Report on sanitation, dispensaries, and jails in Rajputana for 1910, and on vaccination for the year 1910-1911 - 1910-1911
Year: 1910
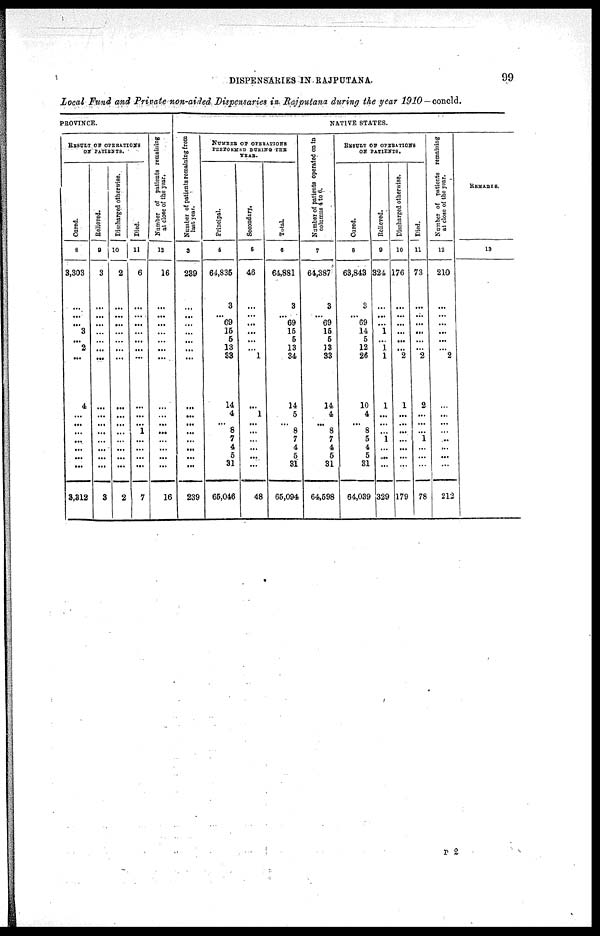
DISPENSARIES IN RAJPUTANA.
99
Local Fund and Private non-aided Dispensaries in Rajputana during the year 1910—concld.
PROVINCE.
RESULT OF OPERATIONS
ON PATIENTS.
Cured.
8
3,303
...
...
...
3
...
2
...
4
...
...
...
...
...
...
...
3,312
Relieved.
9
3
...
...
...
...
...
...
...
...
...
...
...
...
...
...
...
3
Discharged otherwise
10
2
...
...
...
...
...
...
...
...
...
...
...
...
...
...
...
2
Died.
11
6
...
...
...
...
...
...
...
...
...
... 1
...
...
...
...
7
Number of patients remaining
at close of the year.
12
16
...
...
...
...
...
...
...
...
...
...
...
...
...
...
...
16
NATIVE STATES.
Number of patients remaining from
last year.
3
239
...
...
...
...
...
...
...
...
...
...
...
...
...
...
...
239
NUMBER OF OPERATIONS
PERFORMED DURING THE
YEAR.
Principal.
4
64,835
3
... 69
15
5
13
33
14
4
... 8
7
4
5
31
65,046
Secondary.
5
46
...
...
...
...
...
...
1
...
1
...
...
...
...
...
...
48
Total.
6
64,881
3
... 69
15
5
13
34
14
5
... 8
7
4
5
31
65,094
Number of patients operated on in
columns 4 to 6.
7
64,387
3
... 69
15
5
13
33
14
4
...
8
7
4
5
31
64,598
RESULT OF OPERATIONS
ON PATIENTS.
Cured.
8
63,843
3
... 69
14
5
12
26
10
4
... 8
5
4
5
31
64,039
Relieved.
9
324
...
...
...
1
...
1
1
1
...
...
...
1
...
...
...
329
Discharged otherwise.
10
176
...
...
...
...
...
...
2
1
...
...
...
...
...
...
...
179
Died.
11
73
...
...
...
...
...
...
2
2
...
...
...
1
...
...
...
78
Number of patients remaining
at close of the year.
12
210
...
...
...
...
...
...
2
...
...
...
...
...
...
...
...
212
REMAKES.
13